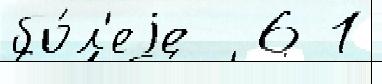
бо́л'еjе  6 1